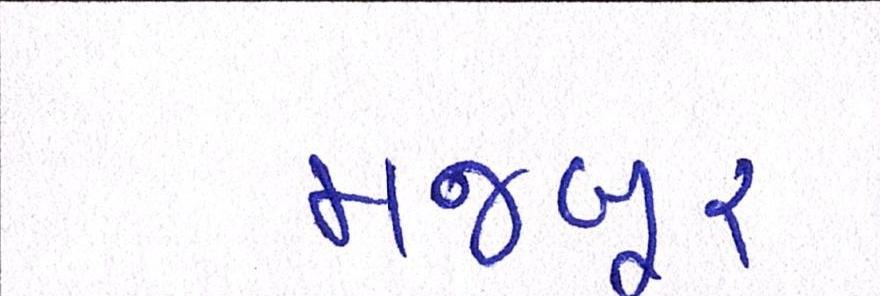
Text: મજબૂર